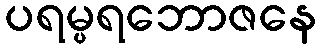
ပရမ္ပရဘောဇနေ